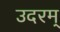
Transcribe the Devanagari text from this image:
उदरम्